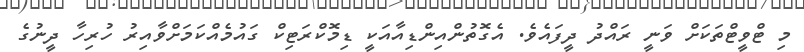
މި ޓްވީޓްތަކަށް ވަނީ ރައްދު ދީފައެވެ. އެގޮތުންއިންޑިއާއަކީ ޑިމޮކްރަޓިކް ގައުމެއްކަމަށްވާއިރު ހުރިހާ ދީނުގެ